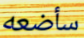
سأضعه